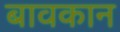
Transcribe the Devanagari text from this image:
बावकान